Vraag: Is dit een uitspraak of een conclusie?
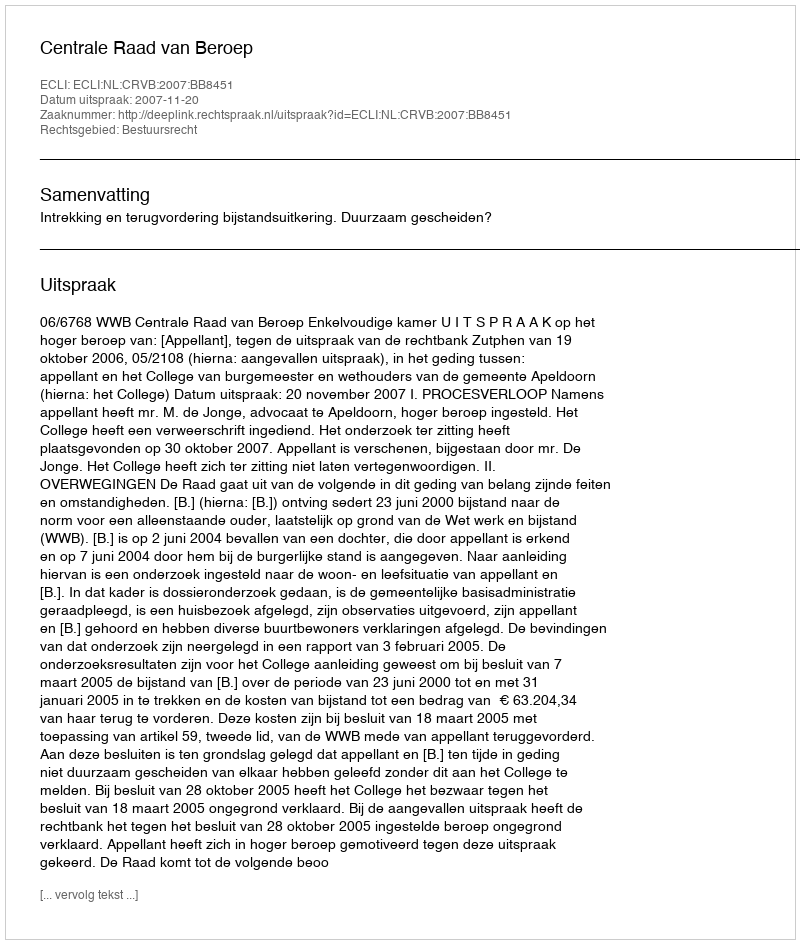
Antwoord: Uitspraak